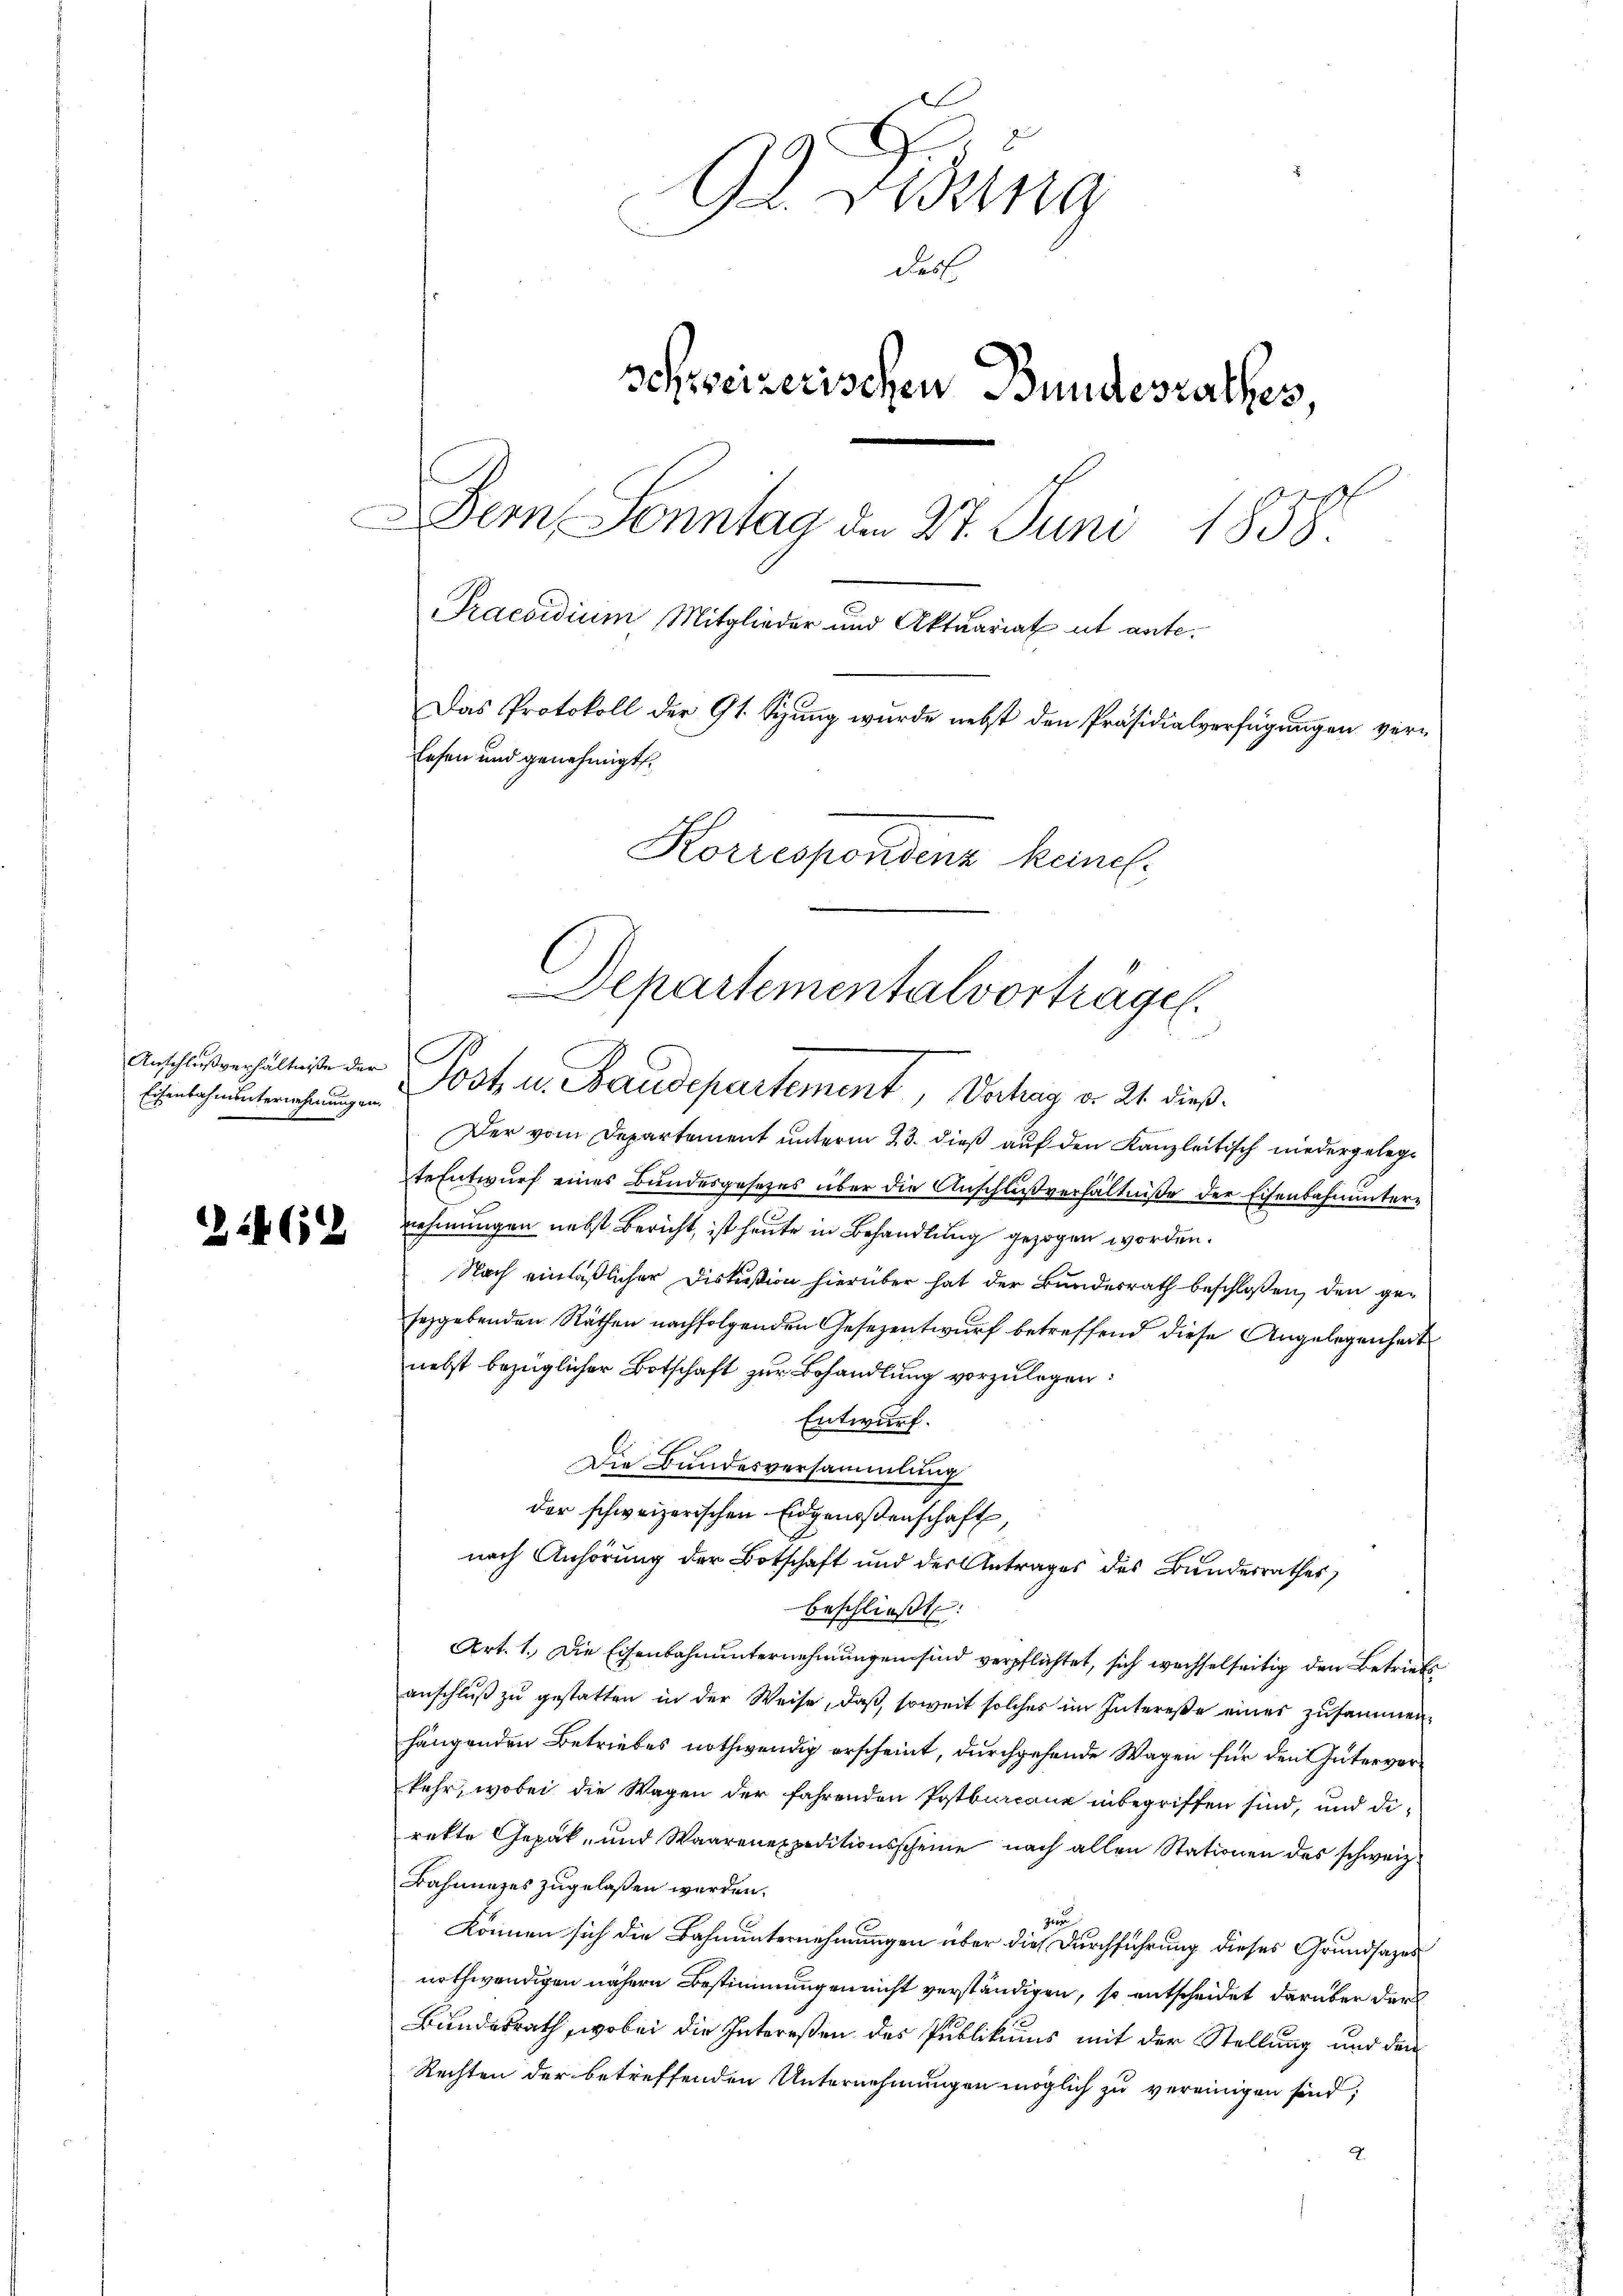
Anschlußverhältniße der
Eisenbahnunternehmungen.

14612

92. Säng
Dess
schweizerischen Bundesrathes,
Dem Sonntag den 27. Juni 1858.
Praesidium Mitglieder und Aktuariat ut ante¬
Das Protokoll der 91. Sizung wurde nebst den Präsidialverfügungen verlesen und genehmigt.
Korrespondenz keine

Departementalvortragen.
n
Post u. Baudepartement, Vahag d. 21 dieß.

Der vom Departement unterm 23. dieß auf den Kanzleitisch niedergelegte Entwurf eines Bundesgesetzes über die Anschlußverhältniße der Eisenbahnunternehmungen nebst Bericht, ist heute in Behandlung gezogen worden.
Nach einläßlicher Diskußion hierüber hat der Bundesrath beschloßen, den geseggebenden Räthen nachfolgenden Gesezentwurf betreffend diese Angelegenheit
nebst bezüglicher Botschaft zur Behandlung vorzulegen:
Entwurf.
Die Bundesversammlung
der schweizerischen Eidgenoßenschaft
nach Anhörung der Botschaft und der Antrages des Bundesrathes,
beschließt:
Art. 1. Die Eisenbahnunternehmungen sind verpflichtet, sich wechselseitig den Betrieb
anschlŭβ zŭ gestatten in der Weise, daβ soweit solches im Intereße einer zusammen-
hängenden Betriebes nothwendig erscheint, durchgehende Wagen für den Güterverkehr, wobei die Wagen der fahrenden Postburcane inbegriffen sind, und direkte Gepäk- und Waarenexpeditionsscheine nach allen Stationen des schweiz.
Bahnunges zugelassen werden.
zwer
können sich die Bahnunternehmungen über die Durchführung dieses Grundsazes
nothwendigen nähern Bestimmungen nicht verständigen, so entscheidet darüber der
Bundesrath, wobei die Intereßen des Publikums mit der Stellung und den
Rechten der betreffenden Unternehmungen möglich zu vereinigen sind;
.